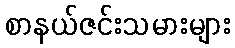
စာနယ်ဇင်းသမားများ